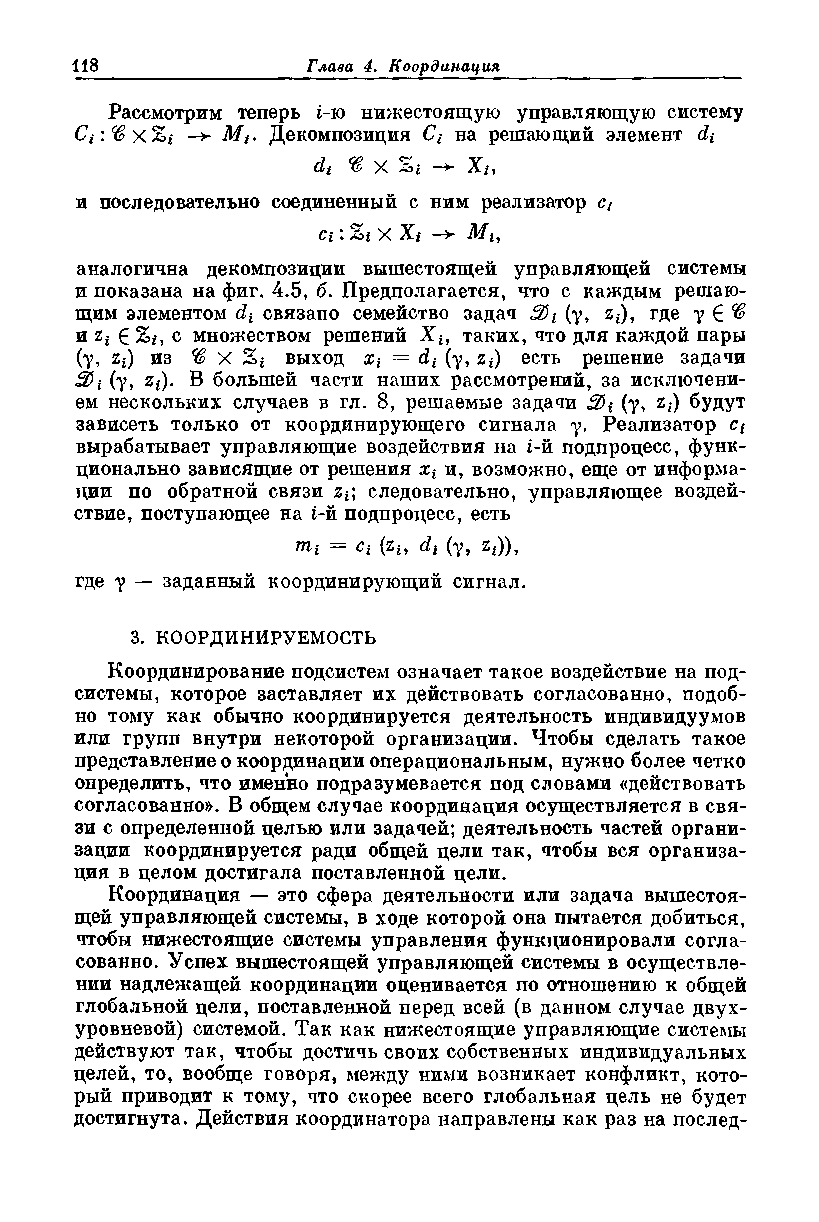
Рассмотрим теперь i-ю нижестоящую управляющую систему
 Cj*:^xSi -> Mt. Декомпозиция Ct на решающий элемент di
 dt % х Si -> Хи
 и последовательно соединенный с ним реализатор ct
 а : ZtxXt -> Mi,
 аналогична декомпозиции вышестоящей управляющей системы
 и показана на фиг. 4.5, б. Предполагается, что с каждым решаю­
 щим элементом dt связано семейство задач (у, zt), где у 6 ^
 игг 6 2>г, с множеством решений X*, таких, что для каждой пары
 (у, zt) из ® X Zj выход = di (у, Zi) есть решение задачи
 (у, %i). В большей части наших рассмотрений, за исключени­
 ем нескольких случаев в гл. 8, решаемые задачи (у, zt) будут
 зависеть только от координирующего сигнала у. Реализатор Ci
 вырабатывает управляющие воздействия на i-й подпроцесс, функ­
 ционально зависящие от решения xt и, возможно, еще от информа­
 ции по обратной связи zt; следовательно, управляющее воздей­
 ствие, поступающее на i-й подпроцесс, есть
 mi = Ci (zI, di (у, zt)),
 где у — заданный координирующий сигнал.
 3. КООРДИНИРУЕМОСТЬ
 Координирование подсистем означает такое воздействие на под­
 системы, которое заставляет их действовать согласованно, подоб­
 но тому как обычно координируется деятельность индивидуумов
 или групп внутри некоторой организации. Чтобы сделать такое
 представление о координации операциональным, нужно более четко
 определить, что именно подразумевается под словами «действовать
 согласованно». В общем случае координация осуществляется в свя­
 зи с определенной целью или задачей; деятельность частей органи­
 зации координируется ради общей цели так, чтобы вся организа­
 ция в целом достигала поставленной цели.
 Координация — это сфера деятельности или задача вышестоя­
 щей управляющей системы, в ходе которой она пытается добиться,
 чтобы нижестоящие системы управления функционировали согла­
 сованно. Успех вышестоящей управляющей системы в осуществле­
 нии надлежащей координации оценивается по отношению к общей
 глобальной цели, поставленной перед всей (в данном случае двух­
 уровневой) системой. Так как нижестоящие управляющие системы
 действуют так, чтобы достичь своих собственных индивидуальных
 целей, то, вообще говоря, между ними возникает конфликт, кото­
 рый приводит к тому, что скорее всего глобальная цель не будет
 достигнута. Действия координатора направлены как раз на послед­